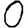
Digit: 0